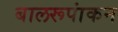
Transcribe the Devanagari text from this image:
बालरूपांकन